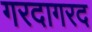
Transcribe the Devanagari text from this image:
गरदागरद